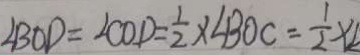
\angle B O D = \angle C O D = \frac { 1 } { 2 } \times \angle B O C = \frac { 1 } { 2 } \times